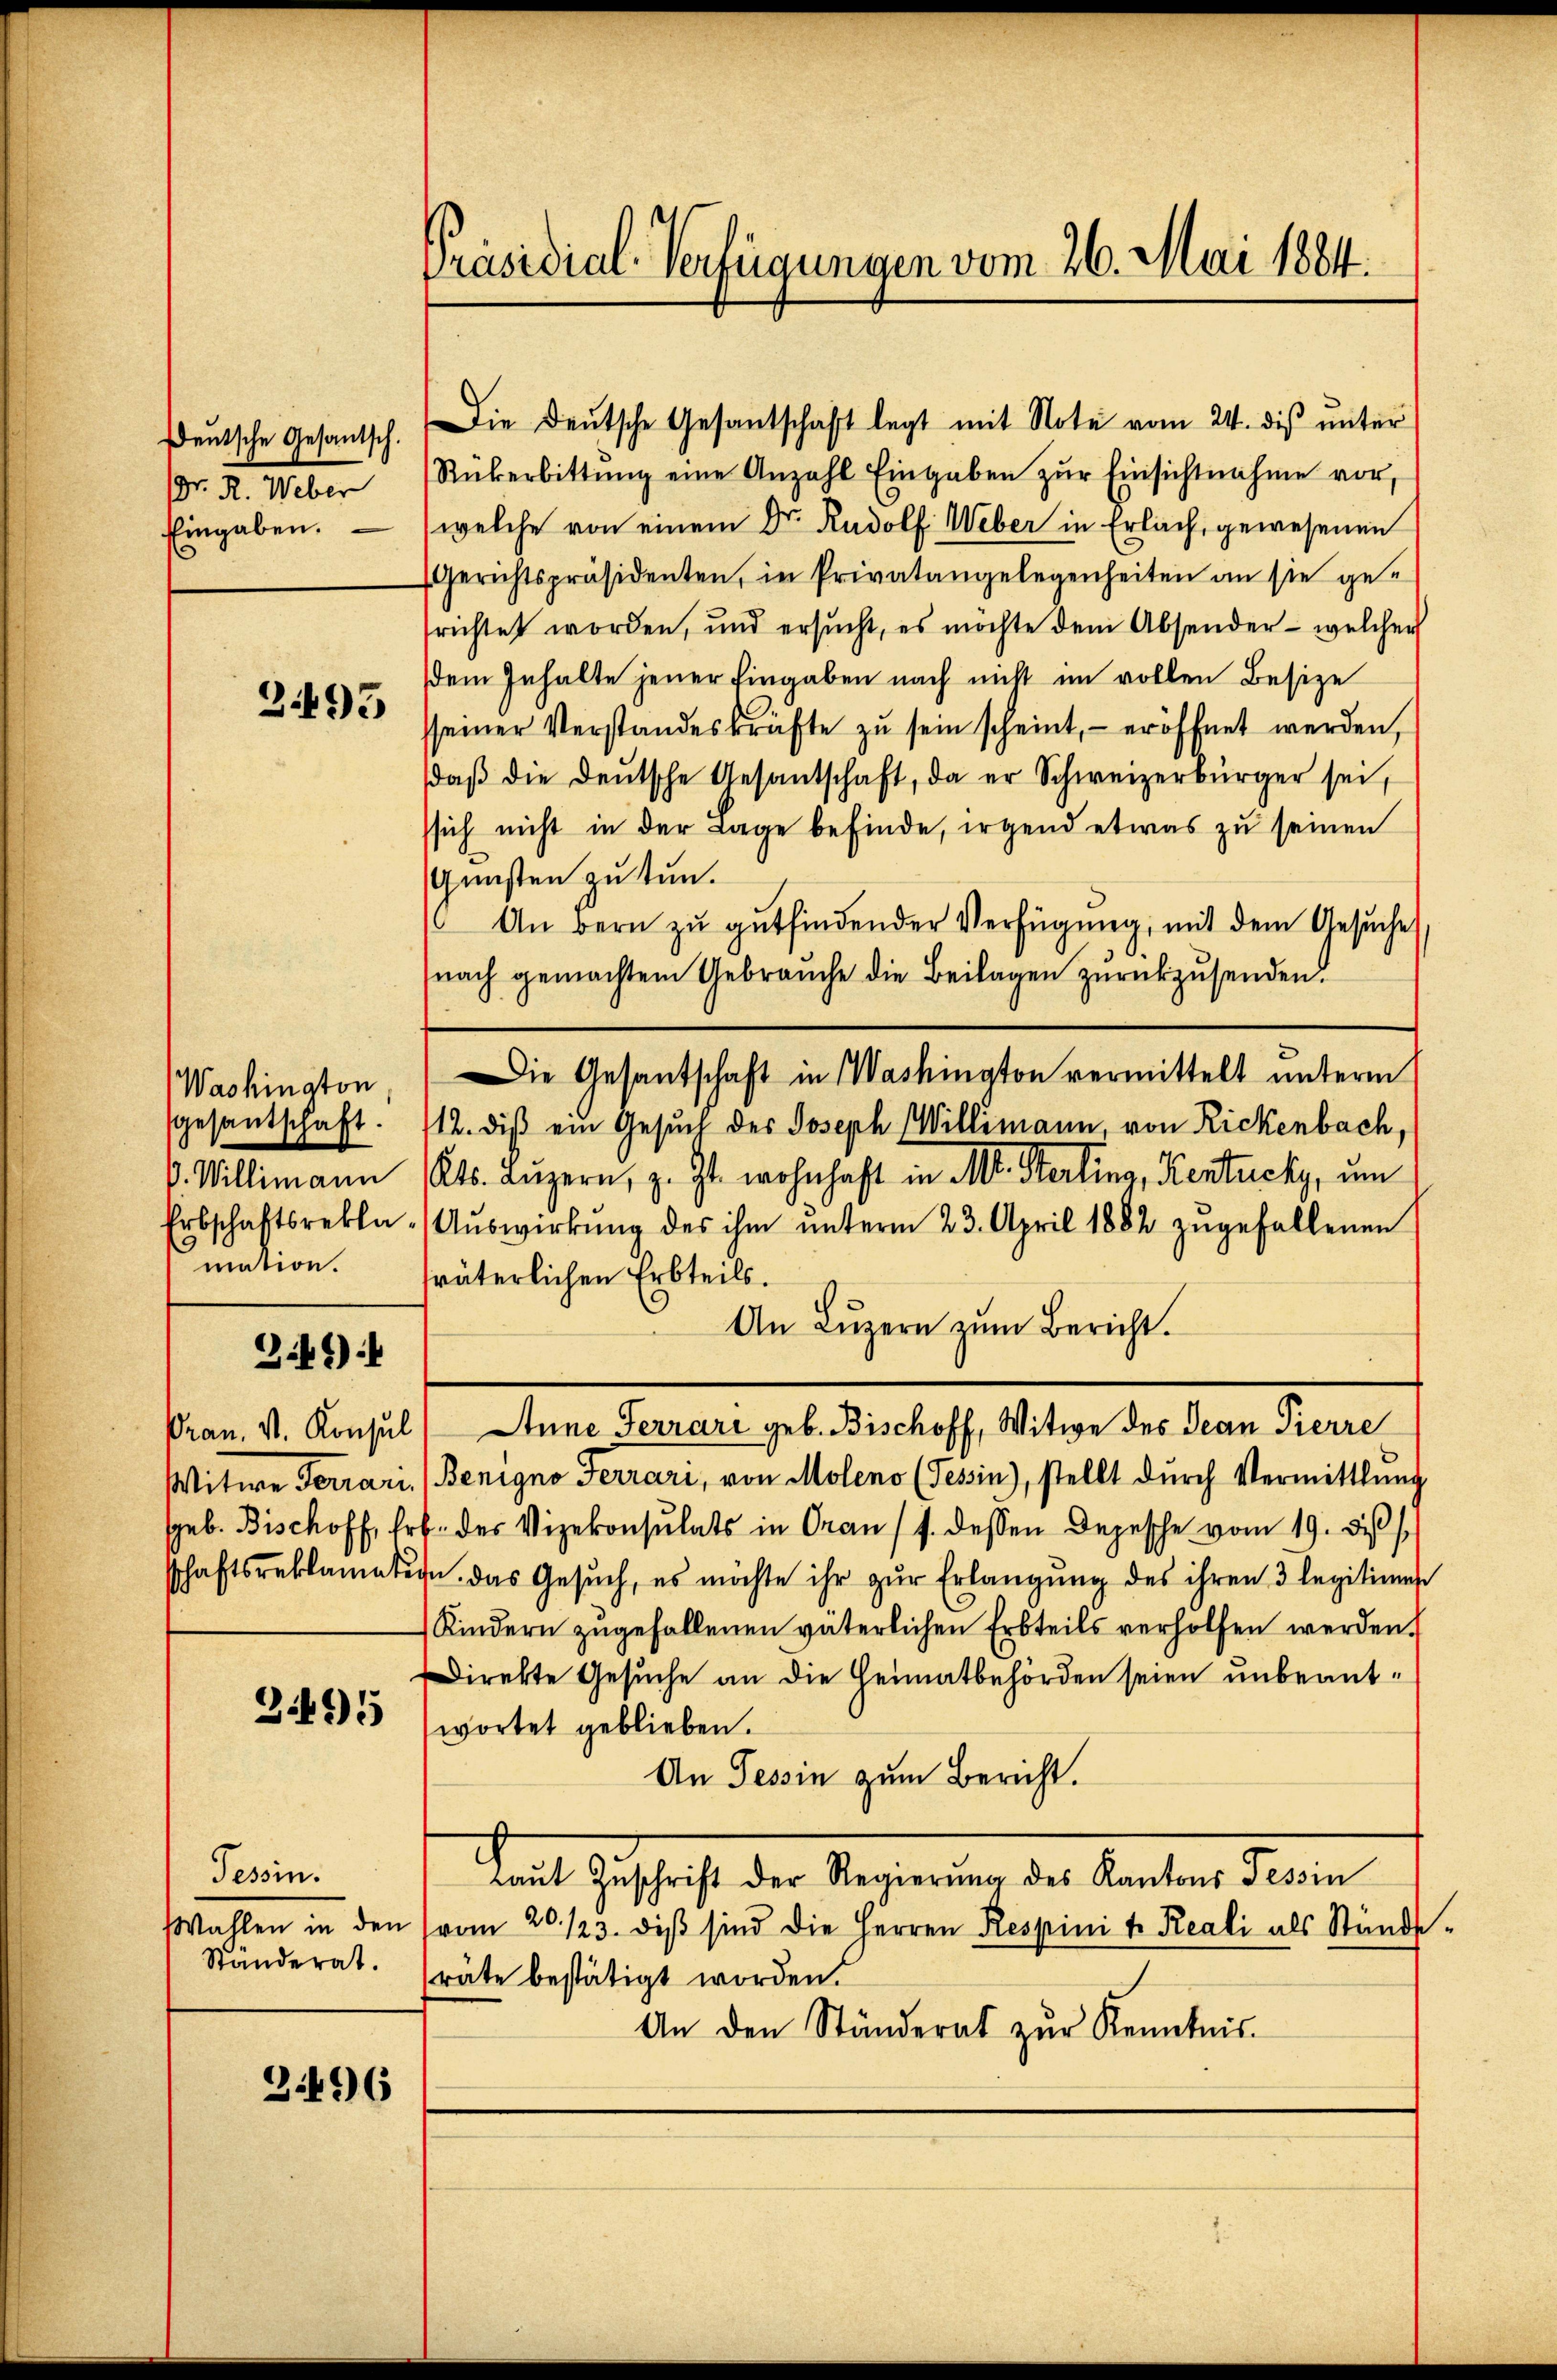
Deutsche Gesantsch.
Eingaben.

3493

mation.

Die Deutsche Gesantschaft legt mit Note vom 24. dis unter
(Dr. R. Weber Rükerbittŭng eine Anzahl Eingaben zŭr Einsichtnahme vor,
(welche von einem Dr. Rudolf Weber in Erlach, gewesenen
Gerichtspräsidenten, in Privatangelegenheiten an sie gesrichtet worden, und ersucht, es möchte dem Absender - welcher
dem Inhalte jener Eingaben nach nicht im vollen Besize
sseiner Verstandeskräfte zu sein scheint, - eröffnet werden,
daβ die deŭtsche Gesantschaft, da er Schweizerbürger sei,
sich nicht in der Lage befinde, irgend etwas zu seinen
Gunsten zu tun.
An bern zu gutfindender Verfügung, mit dem Gesuches
snach gemachtem Gebraŭche die Beilagen zŭrückzŭsenden.
Washington, die Gesantschaft in Washington vermittelt unterm
sgesantschaft. 112. diβ ein Gesŭch der Joseph Willimann, von Rickenbach,
. Willimann Kts. Lŭzern, z. Zt. wohnhaft in M. Sterlina, Kentucky, um
Erbschaftsrekla - Aŭswirkŭng des ihm ŭnterm 23. April 1882 zŭgefallenen
sväterlichen Erbteils.
An Luzern zum Bericht.
Pran, St. Konsul Anne Ferrari geb. Bischoff, Witwe des Jean Pierre
Witwe Ferrari (Benigno Ferrari, von Moleno (Tessin), stellt dŭrch Vermittlung
seb. Bischoff, Erb. der Vizekonsulats in Oran (s. dessen Depesche vom 19. des
schaftsreklamatern das Gesŭch, es möchte ihr zŭr Erlangŭng des ihren 3 legitimes
Kindern zugefallenen väterlichen Erbteils verholfen werden.
Direkte Gesuche an die Heimatbehörden seien unbeant¬
31695 (wortet geblieben.
An Tessin zum Bericht.
tait Geschaft der Regierung des Kantone des en
Wahlen in den (vom 20. 123. diβ sind die Herren Respini t Reali als Stände-
Ständerat. (räte bestätigt worden.
An den Ständerat zŭr Kenntnis.

3.46)

Tessin.

3496

Präsidial-Verfügungen vom 26. Mai 1884.